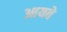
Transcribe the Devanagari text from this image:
आयवे